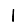
Digit: 1